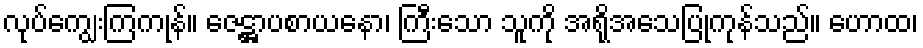
လုပ်ကျွေးကြကုန်။ ဇေဋ္ဌာပစာယနော၊ ကြီးသော သူကို အရိုအသေပြုကုန်သည်။ ဟောထ၊